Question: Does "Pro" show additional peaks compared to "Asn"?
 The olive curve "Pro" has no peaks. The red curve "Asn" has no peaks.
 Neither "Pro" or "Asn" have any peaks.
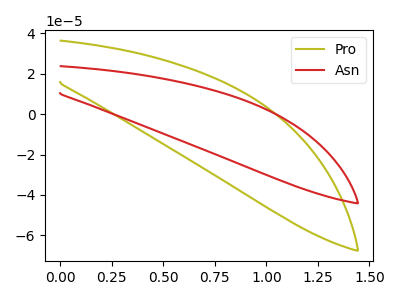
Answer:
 <answer>No, "Pro" and "Asn" don't appear to be significantly different in shape</answer>
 <eval>no_change</eval>